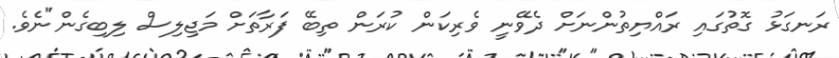
ރަނގަޅު ގޮތުގައި ރައްޔިތުންނަށް ދެވޭނީ ވެރިކަން ކުރަން ތިބޭ ފަރާތަށް މަޖިލިސް ލިބިގެން"ނެވެ.